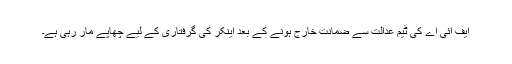
ایف آئی اے کی ٹیم عدالت سے ضمانت خارج ہونے کے بعد اینکر کی گرفتاری کے لیے چھاپے مار رہی ہے۔